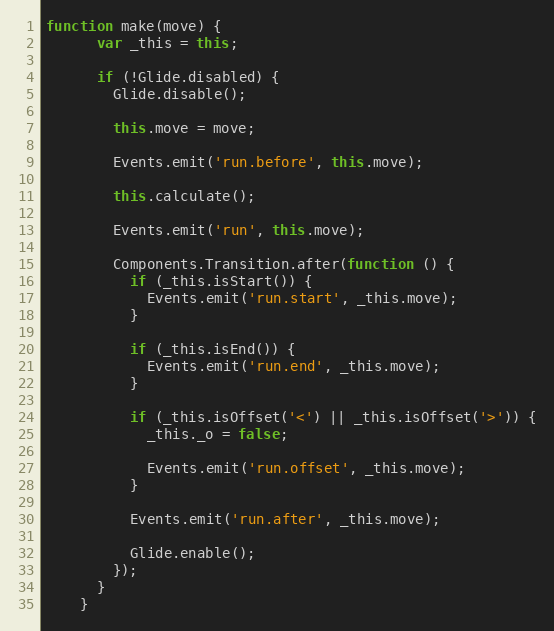
Language: JavaScript
function make(move) {
      var _this = this;

      if (!Glide.disabled) {
        Glide.disable();

        this.move = move;

        Events.emit('run.before', this.move);

        this.calculate();

        Events.emit('run', this.move);

        Components.Transition.after(function () {
          if (_this.isStart()) {
            Events.emit('run.start', _this.move);
          }

          if (_this.isEnd()) {
            Events.emit('run.end', _this.move);
          }

          if (_this.isOffset('<') || _this.isOffset('>')) {
            _this._o = false;

            Events.emit('run.offset', _this.move);
          }

          Events.emit('run.after', _this.move);

          Glide.enable();
        });
      }
    }